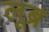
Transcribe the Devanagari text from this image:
लूब्र